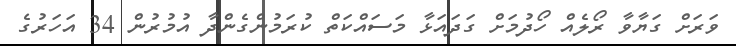
ވަރަށް ގަޔާވާ ރޯލެއް ހޯދުމަށް ގަދައަޅާ މަސައްކަތް ކުރަމުންގެންދާ އުމުރުން 34 އަހަރުގެ